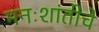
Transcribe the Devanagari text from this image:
मनःशांतीचे